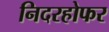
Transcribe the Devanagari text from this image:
निदरहोफर